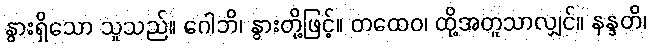
နွားရှိသော သူသည်။ ဂေါဘိ၊ နွားတို့ဖြင့်။ တထေဝ၊ ထို့အတူသာလျှင်။ နန္ဒတိ၊